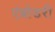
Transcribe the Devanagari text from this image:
एंब्रोडरी